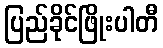
ပြည်ခိုင်ဖြိုးပါတီ